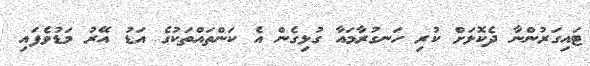
ޓައިގަރުންނާ ދެކޮޅަށް ކުރި ހަނގުރާމައާ ގުޅިގެން އެ ކަންތައްތަކުގެ އަޑު އޭރު މަޑުވެފައި